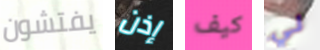
يفتشون إذن كيف لي